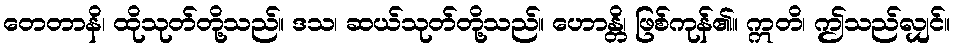
တေတာနိ၊ ထိုသုတ်တို့သည်။ ဒသ၊ ဆယ်သုတ်တို့သည်။ ဟောန္တိ၊ ဖြစ်ကုန်၏။ ဣတိ၊ ဤသည်လျှင်။